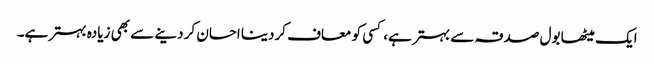
ایک میٹھا بول صدقہ سے بہتر ہے، کسی کو معاف کردینا احسان کر دینے سے بھی زیادہ بہتر ہے۔